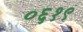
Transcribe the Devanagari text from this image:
०६१९